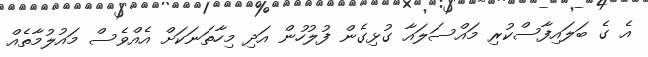
އެ ގެ ބަލައިފާސްކުރި މައްސަލައާ ގުޅިގެން ފުލުހުން އަދި މިހާތަނަކަށް އެއްވެސް މައުލުމާތެއް